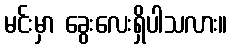
မင်းမှာ ခွေးလေးရှိပါသလား။